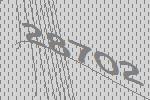
28702